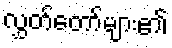
လွှတ်တော်များ၏